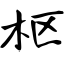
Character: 枢